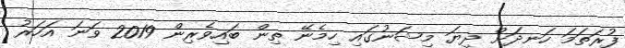
ފުރަތަމަ ހަނދަށް ދިޔަ މިޝަނުގައި ހިމެނޭ ތިން ބައިވެރިން 2019 ވަނަ އަހަރު